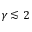
\gamma \lesssim 2